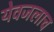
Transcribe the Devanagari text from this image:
येवजलाच